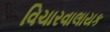
વિચારવાલાયક